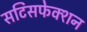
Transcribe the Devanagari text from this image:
सटिसफेक्शन